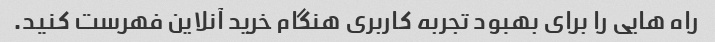
راه هایی را برای بهبود تجربه کاربری هنگام خرید آنلاین فهرست کنید.